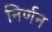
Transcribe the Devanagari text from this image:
निर्णन